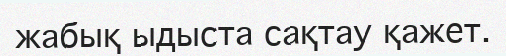
жабық ыдыста сақтау қажет.